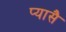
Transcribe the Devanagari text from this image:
प्यासै